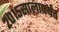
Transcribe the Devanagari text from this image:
२०१५सालापर्यंत